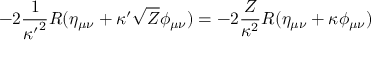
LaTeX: - 2 { \frac { 1 } { { \kappa ^ { \prime } } ^ { 2 } } } R ( \eta _ { \mu \nu } + \kappa ^ { \prime } \sqrt { Z } \phi _ { \mu \nu } ) = - 2 { \frac { Z } { \kappa ^ { 2 } } } R ( \eta _ { \mu \nu } + \kappa \phi _ { \mu \nu } )